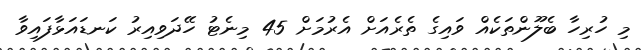
މި ހުރިހާ ބެލޫންތަކެއް ވައިގެ ތެރެއަށް އެރުމަށް 45 މިނެޓު ހޭދަވިއިރު ކަނޑައަޅާފައިވާ